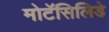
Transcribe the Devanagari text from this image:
मोटॅसिलिडे